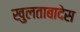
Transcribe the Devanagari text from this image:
खुलताबादेस